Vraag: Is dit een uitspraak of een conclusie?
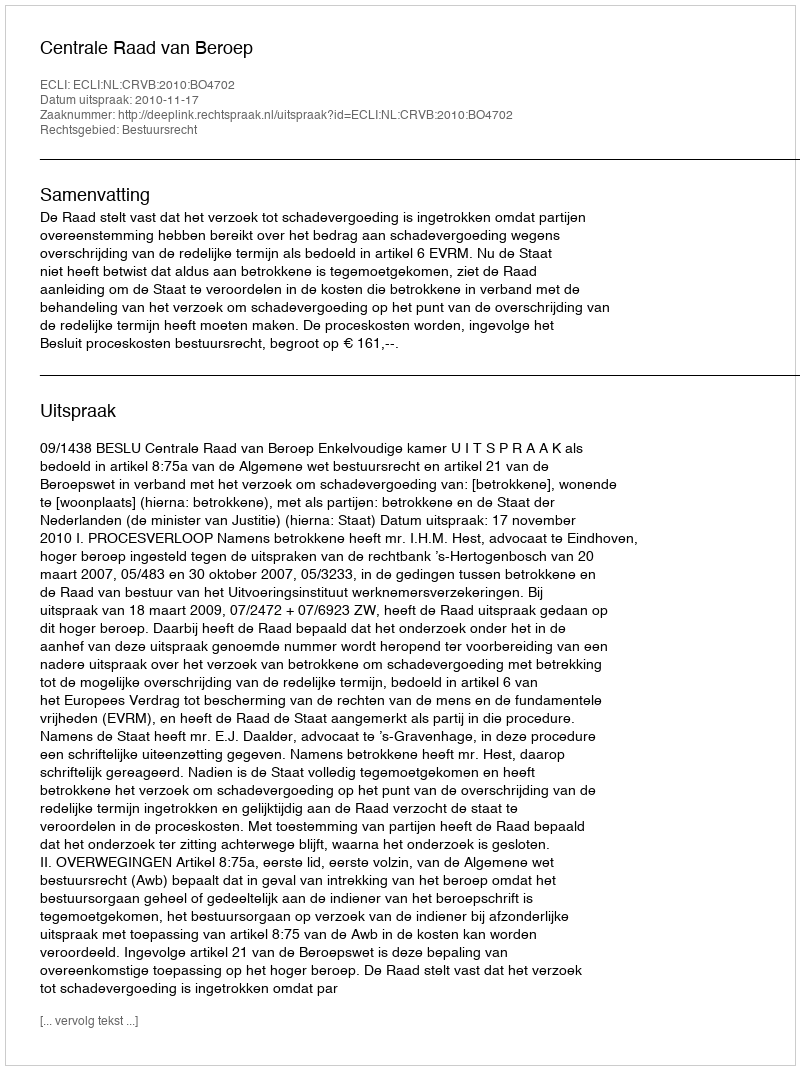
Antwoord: Uitspraak